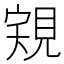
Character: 𧠽